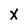
Character: x